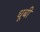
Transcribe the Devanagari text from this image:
धूबी